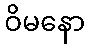
ဝိမနော